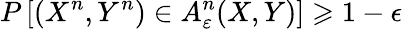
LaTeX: P\left[(X^{n},Y^{n})\in A_{\varepsilon}^{n}(X,Y)\right]\geqslant 1-\epsilon